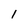
Character: i